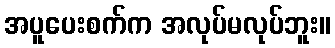
အပူပေးစက်က အလုပ်မလုပ်ဘူး။